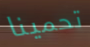
تحمينا